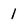
Character: 1